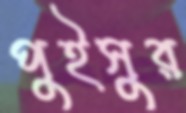
পুইসুর